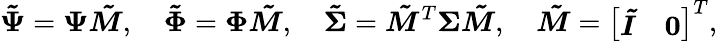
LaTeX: \boldsymbol{\tilde{\Psi}}=\boldsymbol{\Psi}\boldsymbol{\tilde{M}},\quad\boldsymbol{\tilde{\Phi}}=\boldsymbol{\Phi}\boldsymbol{\tilde{M}},\quad\boldsymbol{\tilde{\Sigma}}=\boldsymbol{\tilde{M}}^{T}\boldsymbol{\Sigma}\boldsymbol{\tilde{M}},\quad\boldsymbol{\tilde{M}}=\left[\begin{array}{ll}{\boldsymbol{\tilde{I}}}&{\boldsymbol{0}}\end{array}\right]^{T},